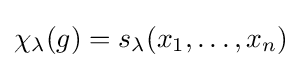
\chi _{\lambda }(g)=s_{\lambda }(x_{1},\dots ,x_{n})